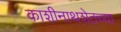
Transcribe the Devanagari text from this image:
काशीनाथशेठच्या